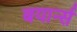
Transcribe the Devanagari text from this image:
बयार्न्स